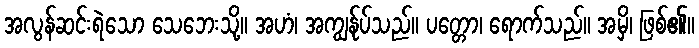
အလွန်ဆင်းရဲသော သေဘေးသို့။ အဟံ၊ အကျွန်ုပ်သည်။ ပတ္တော၊ ရောက်သည်။ အမှိ၊ ဖြစ်၏။